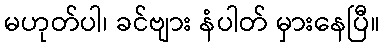
မဟုတ်ပါ၊ ခင်ဗျား နံပါတ် မှားနေပြီ။